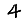
Digit: 4